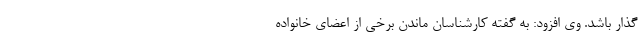
گذار باشد. وی افزود: به گفته کارشناسان ماندن برخی از اعضای خانواده